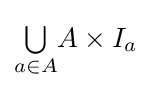
{\textstyle \bigcup \limits _{a\in A}}A\times I_{a}